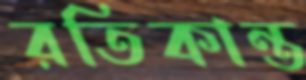
রতিকান্ত